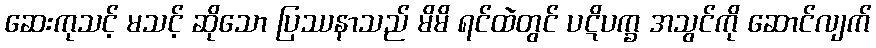
ဆေးကုသင့် မသင့် ဆိုသော ပြဿနာသည် မိမိ ရင်ထဲတွင် ပဋိပက္ခ အသွင်ကို ဆောင်လျက်